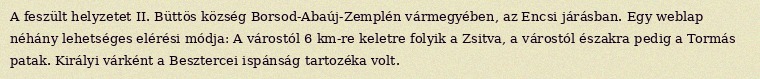
A feszült helyzetet II. Büttös község Borsod-Abaúj-Zemplén vármegyében, az Encsi járásban. Egy weblap néhány lehetséges elérési módja: A várostól 6 km-re keletre folyik a Zsitva, a várostól északra pedig a Tormás patak. Királyi várként a Besztercei ispánság tartozéka volt.